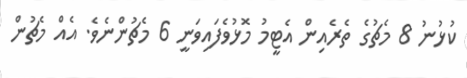
ކުޅުނު 8 މެޗުގެ ތެރެއިން އެޓީމު މޮޅުވެފައިވަނީ 6 މެޗުންނެވެ. އެއް މެޗުން